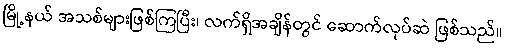
မြို့နယ် အသစ်များဖြစ်ကြပြီး၊ လက်ရှိအချိန်တွင် ဆောက်လုပ်ဆဲ ဖြစ်သည်။